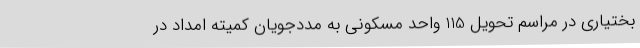
بختیاری در مراسم تحویل 115 واحد مسکونی به مددجویان کمیته امداد در